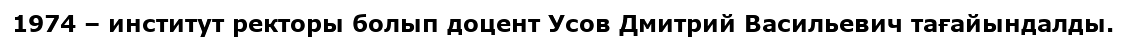
1974 – институт ректоры болып доцент Усов Дмитрий Васильевич тағайындалды.